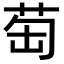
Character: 𦮍